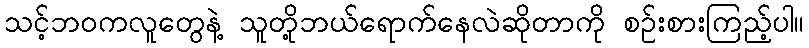
သင့်ဘဝကလူတွေနဲ့ သူတို့ဘယ်ရောက်နေလဲဆိုတာကို စဉ်းစားကြည့်ပါ။